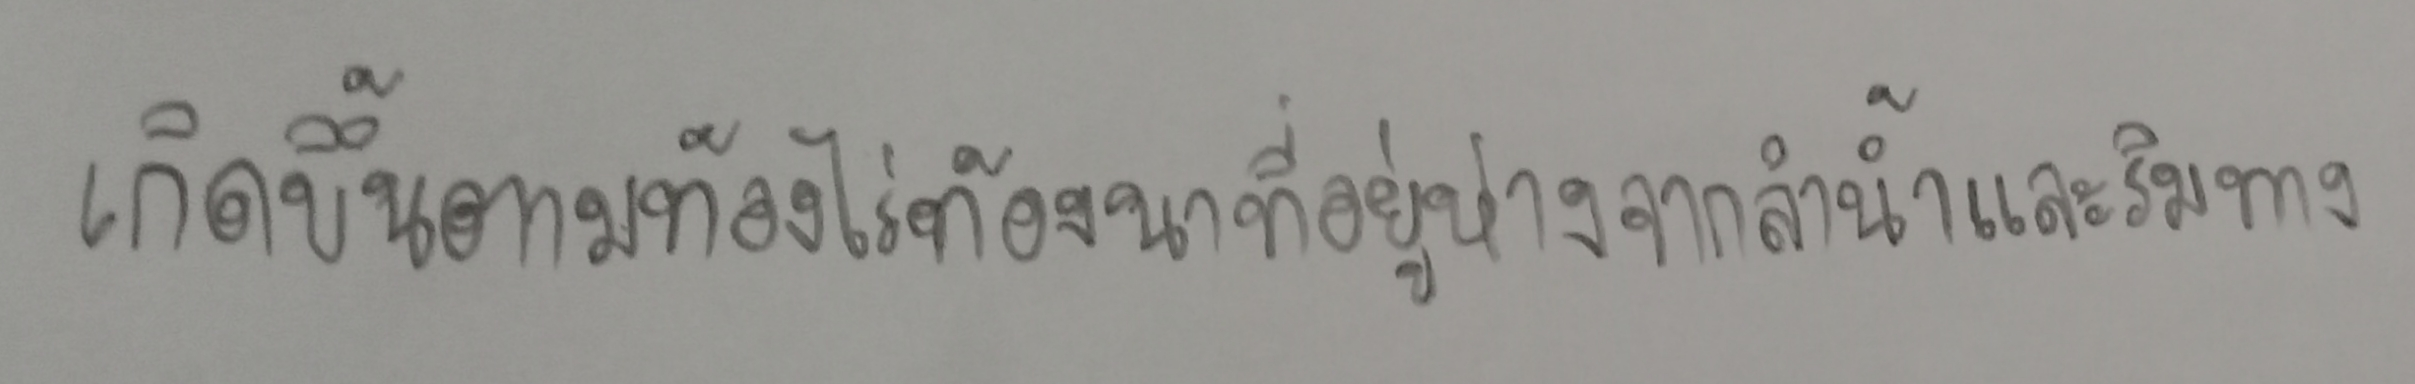
เกิดขึ้นตามท้องไร่ท้องนาที่อยู่ห่างจากลำน้ำและริมทาง